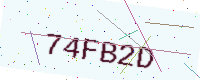
Text: 74FB2D